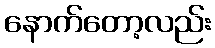
နောက်တော့လည်း